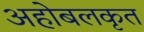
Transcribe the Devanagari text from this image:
अहोबलकृत